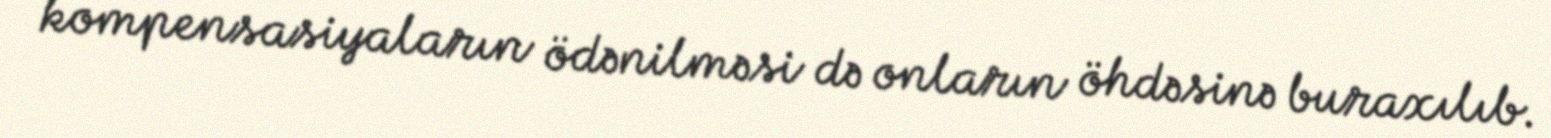
kompensasiyaların ödənilməsi də onların öhdəsinə buraxılıb.